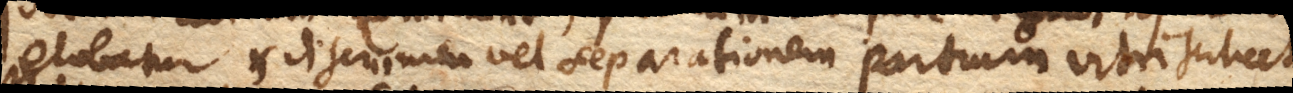
globatur et discrimen vel separationem partium vitri scilicet